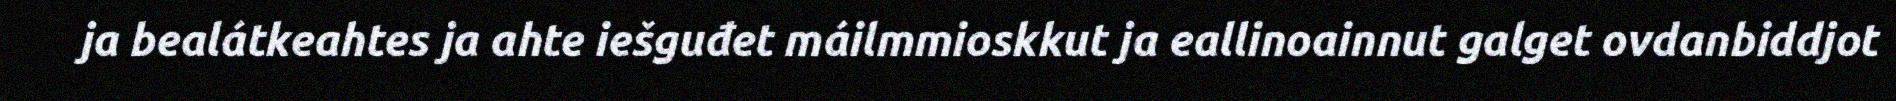
ja bealátkeahtes ja ahte iešguđet máilmmioskkut ja eallinoainnut galget ovdanbiddjot